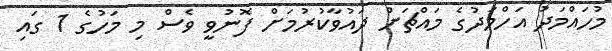
މުހައްމަދު އަހްމަދުގެ މައްޗަށް ދައުވާކުރުމަށް ފޮނުވީ ވެސް މި މަހުގެ 1 ގައި